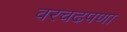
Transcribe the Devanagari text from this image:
वरचढपणा